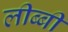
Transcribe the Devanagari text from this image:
लीब्बी